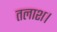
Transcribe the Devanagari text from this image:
तलाश।